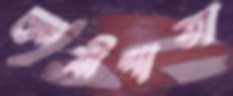
ক্ষেত্রীপাড়া